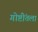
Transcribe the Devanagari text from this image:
गोष्टींतला